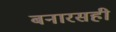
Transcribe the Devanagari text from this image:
बनारसही